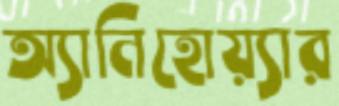
অ্যানিহোয়্যার